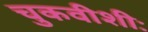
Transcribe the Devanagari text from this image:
चुकवीशीः